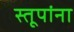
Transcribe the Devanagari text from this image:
स्तूपांना